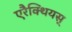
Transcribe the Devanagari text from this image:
एरैक्थियस्‌